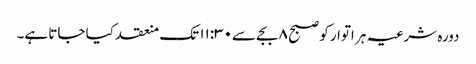
دورہ شرعیہ ہر اتوار کو صبح ۸ بجے سے۱۱:۳۰ تک منعقد کیا جاتا ہے۔